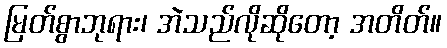
မြတ်စွာဘုရား၊ အဲသည်လိုဆိုတော့ အတိတ်။